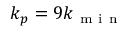
{ { k } _ { p } } = 9 { { k } _ { \mathrm { ~ m ~ i ~ n ~ } } }